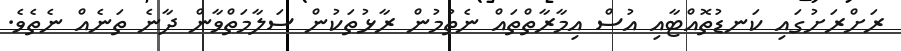
ރަށްރަށުގައި ކަނޑުތޮއްޓާއި އުސް އިމާރާތްތައް ނެތުމުން ރާޅުތަކުން ސަލާމަތްވާން ދާނެ ތަނެއް ނެތެވެ.